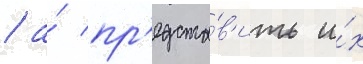
/ а́ пр'едста́в'ить и́х